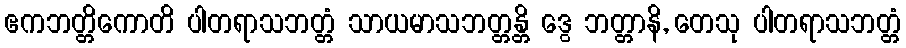
ဧကဘတ္တိကောတိ ပါတရာသဘတ္တံ သာယမာသဘတ္တန္တိ ဒွေ ဘတ္တာနိ, တေသု ပါတရာသဘတ္တံ